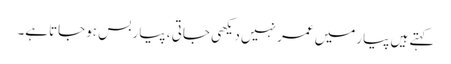
کہتے ہیں پیارمیں عمر نہیں دیکھی جاتی ، پیار بس ہوجاتاہے۔